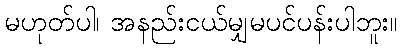
မဟုတ်ပါ၊ အနည်းငယ်မျှမပင်ပန်းပါဘူး။